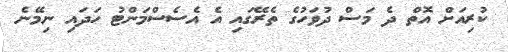
ކުރިއަށް އޮތް ދެ މަސް ދުވަހުގެ ތެރޭގައި އެ އެސެސްމަންޓު ހަދައި ނިމޭނެ